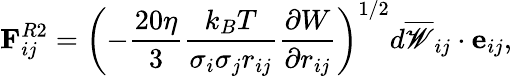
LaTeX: \mathbf{F}_{ij}^{R2}=\left(-\frac{20\eta}{3}\frac{k_{B}T}{\sigma_{i}\sigma_{j}r_{ij}}\frac{\partial{W}}{\partial{r_{ij}}}\right)^{1/2}d\overline{{\mathscr{W}}}_{ij}\cdot\mathbf{e}_{ij},